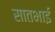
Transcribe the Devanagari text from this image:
सातभाई